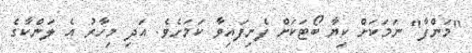
"މަންފާ" ނަމަކަށް ކިޔާ ބޯޓަކަށް ފެނިފައިވާ ކަމަށެވެ. އަދި މިހާރު އެ ލަންކާގެ